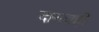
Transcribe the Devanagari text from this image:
दानवही